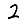
Digit: 2